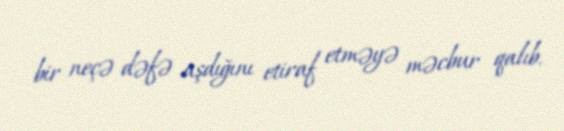
bir neçə dəfə aşdığını etiraf etməyə məcbur qalıb.